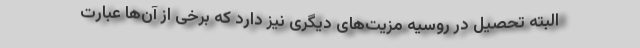
البته تحصیل در روسیه مزیت‌های دیگری نیز دارد که برخی از آن‌ها عبارت